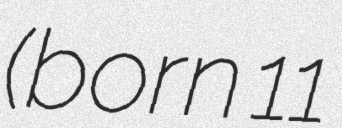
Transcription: (born 11